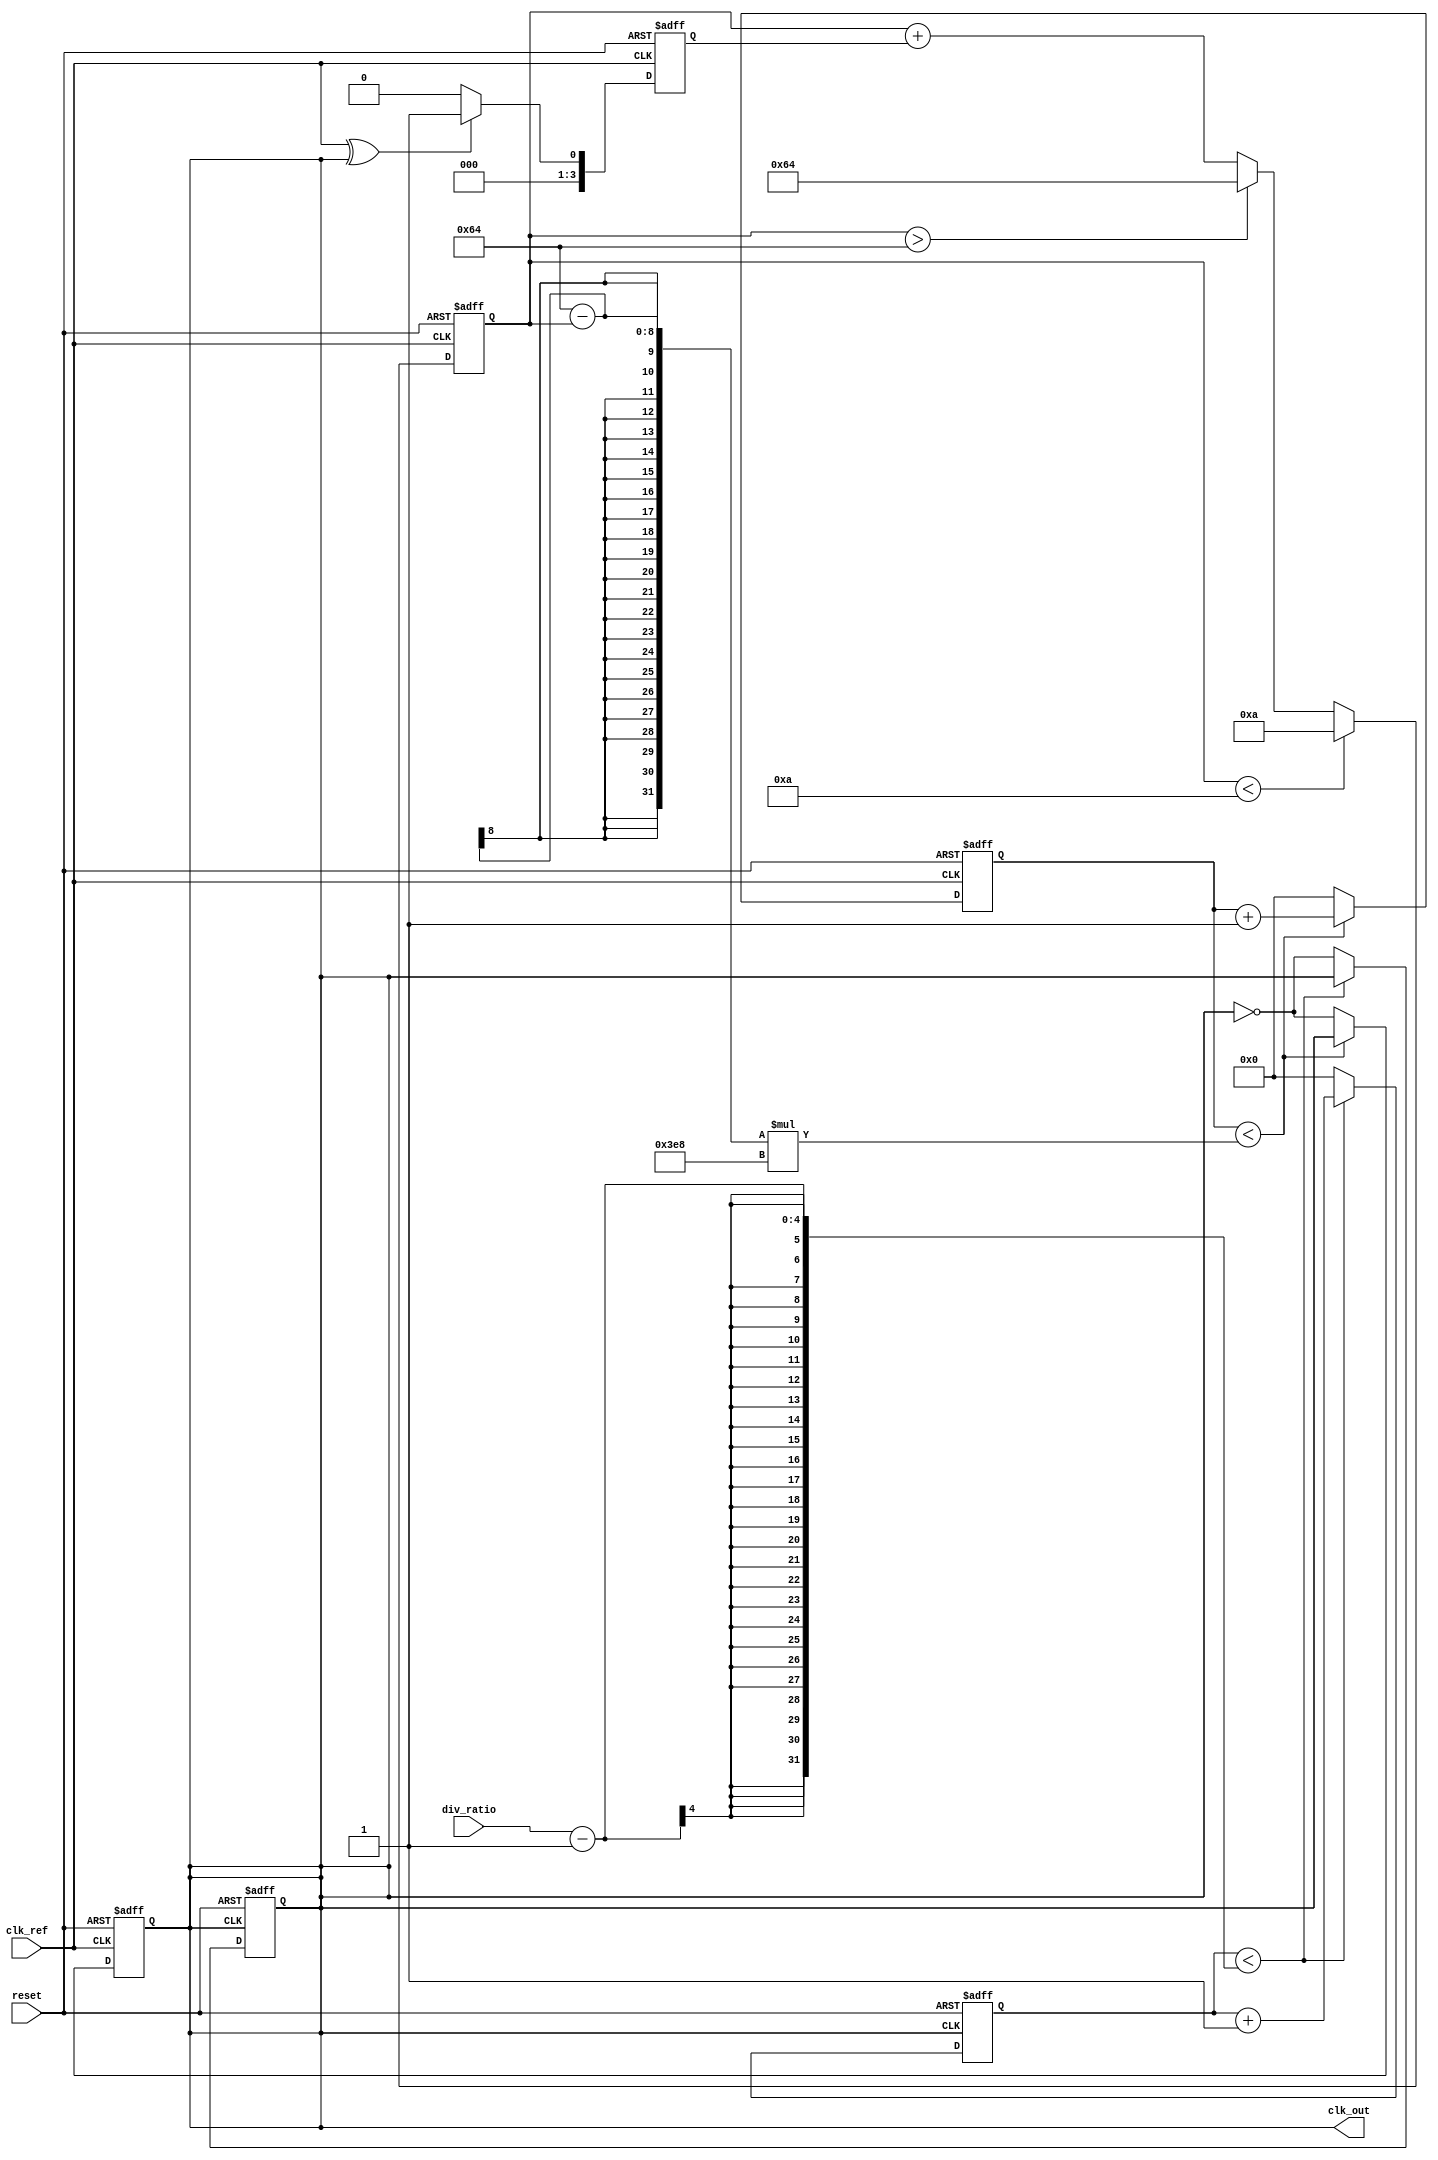
module low_jitter_pll (
    input wire clk_ref,          // Reference clock input
    input wire reset,            // Asynchronous reset
    input wire [3:0] div_ratio,  // Division ratio for frequency divider
    output reg clk_out           // Output clock
);

    // Parameters for the PLL
    parameter N = 4;             // Division factor (can be adjusted)
    parameter VCO_MAX_FREQ = 100; // Max VCO frequency in MHz
    parameter VCO_MIN_FREQ = 10;  // Min VCO frequency in MHz

    // Internal signals
    reg [3:0] phase_error;       // Phase error signal
    reg [7:0] control_voltage;    // Control voltage for VCO
    reg [31:0] vco_counter;       // VCO counter
    reg [31:0] divider_counter;   // Divider counter

    // Phase Detector (PD)
    always @(posedge clk_ref or posedge reset) begin
        if (reset) begin
            phase_error <= 0;
        end else begin
            // Simple phase detector logic (XOR for example)
            phase_error <= (clk_ref ^ clk_out) ? 1 : 0;
        end
    end

    // Loop Filter (LF) - Simple first-order filter
    always @(posedge clk_ref or posedge reset) begin
        if (reset) begin
            control_voltage <= 0;
        end else begin
            control_voltage <= control_voltage + phase_error; // Integrate phase error
            // Clamp control voltage to VCO range
            if (control_voltage > VCO_MAX_FREQ) control_voltage <= VCO_MAX_FREQ;
            if (control_voltage < VCO_MIN_FREQ) control_voltage <= VCO_MIN_FREQ;
        end
    end

    // Voltage-Controlled Oscillator (VCO)
    always @(posedge clk_ref or posedge reset) begin
        if (reset) begin
            vco_counter <= 0;
            clk_out <= 0;
        end else begin
            // VCO frequency control based on control voltage
            if (vco_counter < (VCO_MAX_FREQ - control_voltage) * 1000) begin
                vco_counter <= vco_counter + 1;
            end else begin
                clk_out <= ~clk_out; // Toggle output clock
                vco_counter <= 0;
            end
        end
    end

    // Frequency Divider
    always @(posedge clk_out or posedge reset) begin
        if (reset) begin
            divider_counter <= 0;
            clk_out <= 0;
        end else begin
            if (divider_counter < div_ratio - 1) begin
                divider_counter <= divider_counter + 1;
            end else begin
                clk_out <= ~clk_out; // Toggle output clock
                divider_counter <= 0;
            end
        end
    end

endmodule